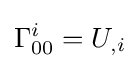
\Gamma _{00}^{i}=U_{,i}